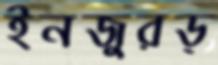
ইনজুরড্